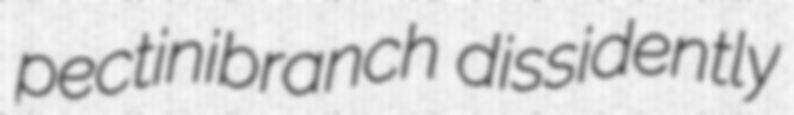
pectinibranch dissidently